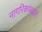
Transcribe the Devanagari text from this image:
नागरिकांबद्दल